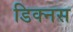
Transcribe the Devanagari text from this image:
डिक्नस